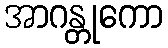
အာဂန္တုကော